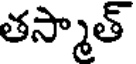
తస్మాత్